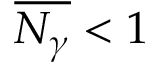
\overline { { N _ { \gamma } } } < 1